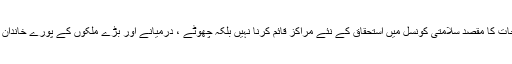
پاکستانی مندوب نے ایک سو ترانوے رکنی جنرل اسمبلی کو بتایا کہ اصلاحات کا مقصد سلامتی کونسل میں استحقاق کے نئے مراکز قائم کرنا نہیں بلکہ چھوٹے ، درمیانے اور بڑے ملکوں کے پورے خاندان کے مفادات اور خواہشات کو مدنظر رکھتے ہوئے اسے جمہوری بنانا ہے۔